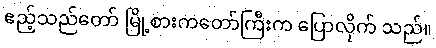
ဧည့်သည်တော် မြို့စားကတော်ကြီးက ပြောလိုက် သည်။